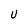
Character: U